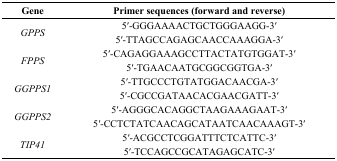
<table><thead><tr><td><b>Gene</b></td><td><b>Primer sequences (forward and reverse)</b></td></tr></thead><tbody><tr><td rowspan="2"><i>GPPS</i></td><td>5′-GGGAAAACTGCTGGGAAGG-3′</td></tr><tr><td>5′-TTAGCCAGAGCAACCAAAGGA-3′</td></tr><tr><td rowspan="2"><i>FPPS</i></td><td>5′-CAGAGGAAAGCCTTACTATGTGGAT-3′</td></tr><tr><td>5′-TGAACAATGCGGCGGTGA-3′</td></tr><tr><td rowspan="2"><i>GGPPS1</i></td><td>5′-TTGCCCTGTATGGACAACGA-3′</td></tr><tr><td>5′-CGCCGATAACACGAACGATT-3′</td></tr><tr><td rowspan="2"><i>GGPPS2</i></td><td>5′-AGGGCACAGGCTAAGAAAGAAT-3′</td></tr><tr><td>5′-CCTCTATCAACAGCATAATCAACAAAGT-3′</td></tr><tr><td rowspan="2"><i>TIP41</i></td><td>5′-ACGCCTCGGATTTCTCATTC-3′</td></tr><tr><td>5′-TCCAGCCGCATAGAGCATC-3′</td></tr></tbody></table>